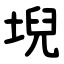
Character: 堄